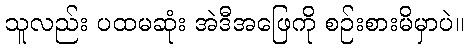
သူလည်း ပထမဆုံး အဲဒီအဖြေကို စဉ်းစားမိမှာပဲ။